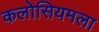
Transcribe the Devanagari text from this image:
कलोसियमला